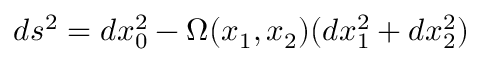
d s ^ { 2 } = d x _ { 0 } ^ { 2 } - \Omega ( x _ { 1 } , x _ { 2 } ) ( d x _ { 1 } ^ { 2 } + d x _ { 2 } ^ { 2 } )